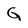
Character: G